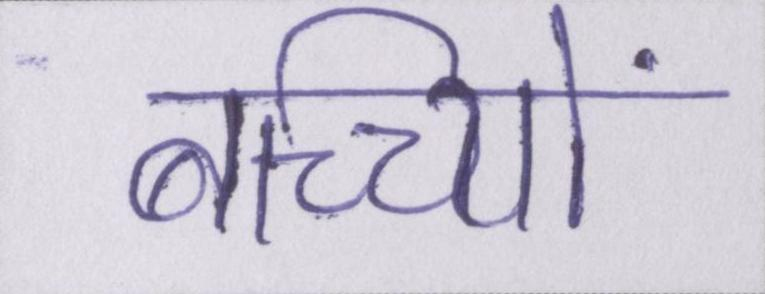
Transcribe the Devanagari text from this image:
बच्च्यिों